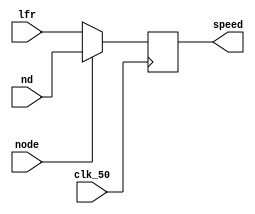
 module SM1511_FILTER( 
        input clk_50,node,
        input [7:0]lfr,
		  input [7:0]nd,
        output [7:0] speed
      );
		
reg [7:0] speed2;
assign speed = speed2;

always @(posedge clk_50)
begin
	if(node == 0)
   	speed2=lfr;
	else
	   speed2=nd;
end

endmodule